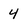
Character: 4